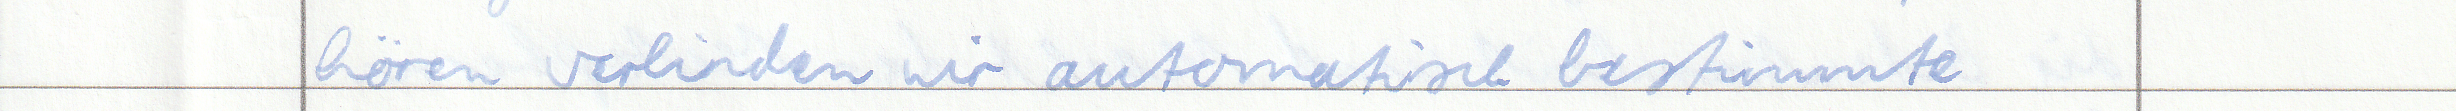
hören verbinden wir automatisch bestimmte